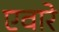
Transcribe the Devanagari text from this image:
एवारे